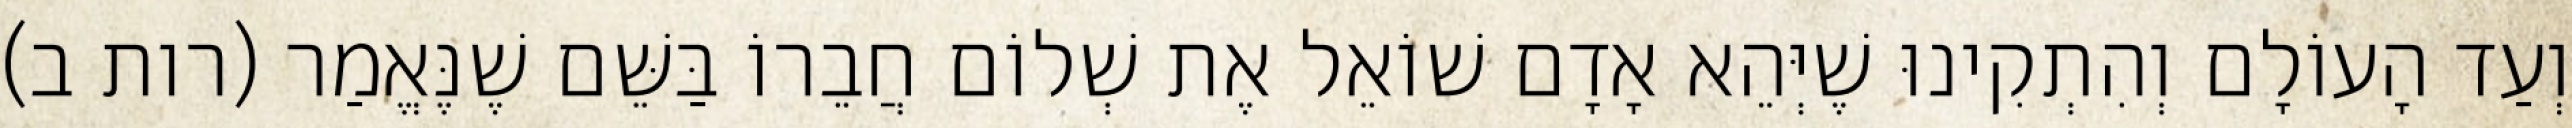
וְעַד הָעוֹלָם וְהִתְקִינוּ שֶׁיְּהֵא אָדָם שׁוֹאֵל אֶת שְׁלוֹם חֲבֵרוֹ בַּשֵּׁם שֶׁנֶּאֱמַר (רות ב)